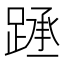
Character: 𰸧